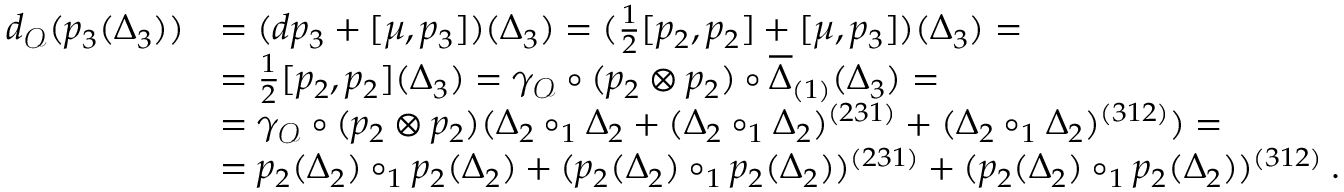
\begin{array} { r l } { d _ { \mathcal { O } } ( p _ { 3 } ( \Delta _ { 3 } ) ) } & { = ( d p _ { 3 } + [ \mu , p _ { 3 } ] ) ( \Delta _ { 3 } ) = ( \frac { 1 } { 2 } [ p _ { 2 } , p _ { 2 } ] + [ \mu , p _ { 3 } ] ) ( \Delta _ { 3 } ) = } \\ & { = \frac { 1 } { 2 } [ p _ { 2 } , p _ { 2 } ] ( \Delta _ { 3 } ) = \gamma _ { \mathcal { O } } \circ ( p _ { 2 } \otimes p _ { 2 } ) \circ \overline { { \Delta } } _ { ( 1 ) } ( \Delta _ { 3 } ) = } \\ & { = \gamma _ { \mathcal { O } } \circ ( p _ { 2 } \otimes p _ { 2 } ) ( \Delta _ { 2 } \circ _ { 1 } \Delta _ { 2 } + ( \Delta _ { 2 } \circ _ { 1 } \Delta _ { 2 } ) ^ { ( 2 3 1 ) } + ( \Delta _ { 2 } \circ _ { 1 } \Delta _ { 2 } ) ^ { ( 3 1 2 ) } ) = } \\ & { = p _ { 2 } ( \Delta _ { 2 } ) \circ _ { 1 } p _ { 2 } ( \Delta _ { 2 } ) + ( p _ { 2 } ( \Delta _ { 2 } ) \circ _ { 1 } p _ { 2 } ( \Delta _ { 2 } ) ) ^ { ( 2 3 1 ) } + ( p _ { 2 } ( \Delta _ { 2 } ) \circ _ { 1 } p _ { 2 } ( \Delta _ { 2 } ) ) ^ { ( 3 1 2 ) } \: . } \end{array}